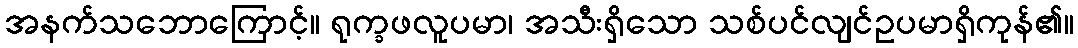
အနက်သဘောကြောင့်။ ရုက္ခဖလူပမာ၊ အသီးရှိသော သစ်ပင်လျင်ဥပမာရှိကုန်၏။